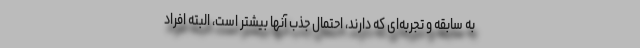
به سابقه و تجربه‌ای که دارند، احتمال جذب آنها بیشتر است، البته افراد